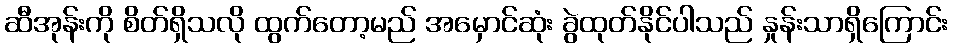
ဆီအုန်းကို စိတ်ရှိသလို ထွက်တော့မည် အမှောင်ဆုံး ခွဲထုတ်နိုင်ပါသည် နှုန်းသာရှိကြောင်း